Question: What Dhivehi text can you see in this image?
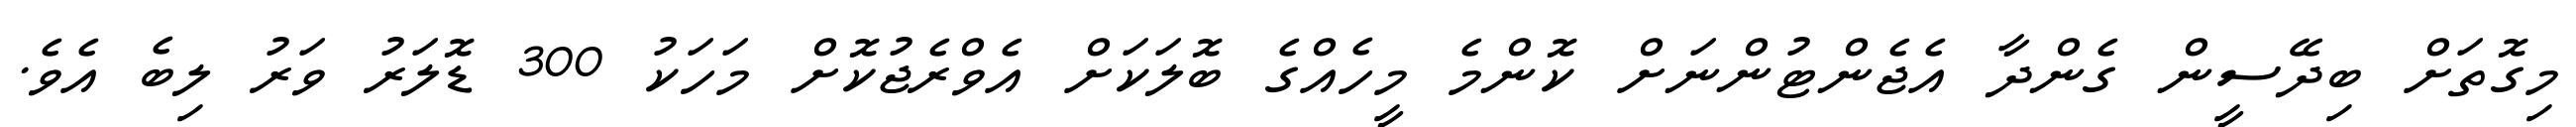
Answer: މިގޮތަށް ބިދޭސީން ގެންދާ އެޖެންޓުންނަށް ކޮންމެ މީހެއްގެ ބޮލަކަށް އެވްރެޖުކޮށް މަހަކު 300 ޑޮލަރު ވަރު ލިބެ އެވެ.